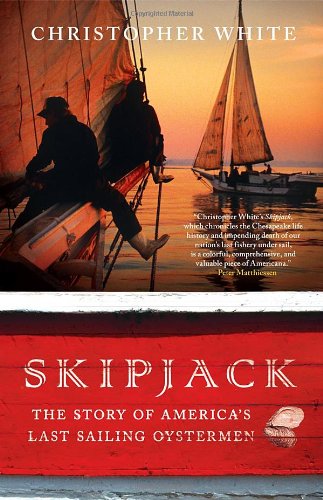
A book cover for Skipjack: The Story of America's Last Sailing Oystermen; Christopher White; Business & Money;